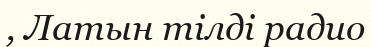
, Латын тілді радио